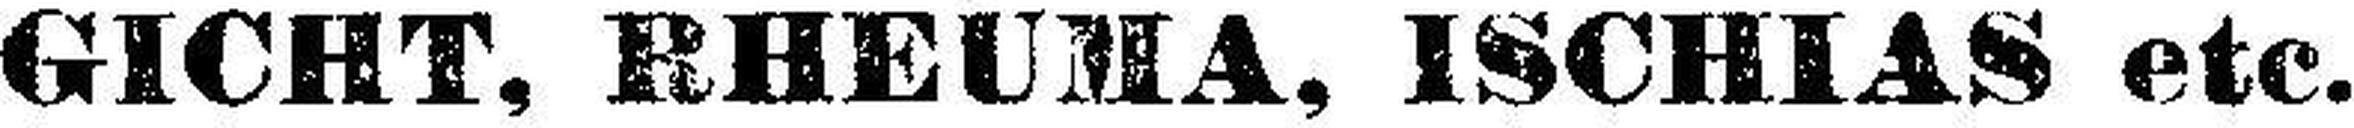
GICHT, RHEUMA, ISCHIAS etc.